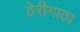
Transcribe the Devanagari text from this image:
ठेरीगाठा